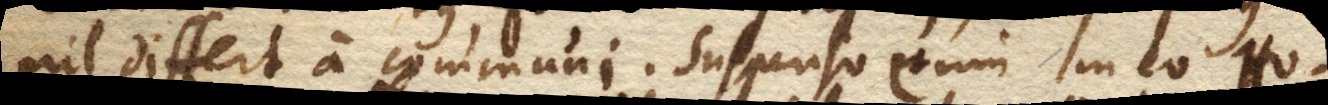
nil differt a communi. Suspenso enim in eo Ho–